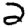
Digit: 2